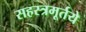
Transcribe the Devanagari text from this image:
सहस्त्रमूर्तये